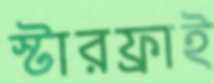
স্টারফ্রাই